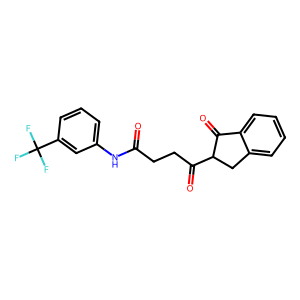
SMILES: O=C(CCC(=O)C1Cc2ccccc2C1=O)Nc1cccc(C(F)(F)F)c1
Inhibits HIV replication: No